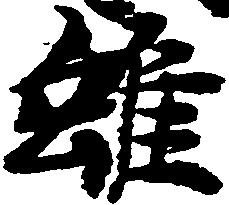
雖